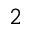
_ { 2 }